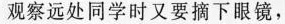
观察远处同学时又要摘下眼镜，